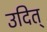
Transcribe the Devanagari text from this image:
उदित्